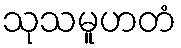
သုသမူဟတံ